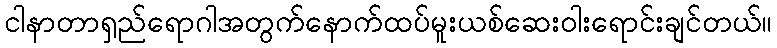
ငါနာတာရှည်ရောဂါအတွက်နောက်ထပ်မူးယစ်ဆေးဝါးရောင်းချင်တယ်။